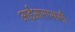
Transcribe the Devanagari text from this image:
आईआरएससी